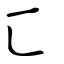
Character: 匸